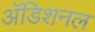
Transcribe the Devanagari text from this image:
अॅडिशनल